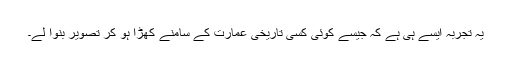
یہ تجربہ ایسے ہی ہے کہ جیسے کوئی کسی تاریخی عمارت کے سامنے کھڑا ہو کر تصویر بنوا لے۔